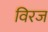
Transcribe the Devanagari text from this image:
विरज